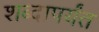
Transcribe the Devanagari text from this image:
शब्दापर्यंत